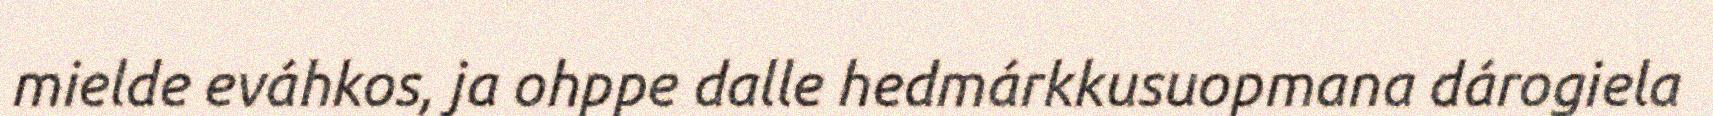
mielde eváhkos, ja ohppe dalle hedmárkkusuopmana dárogiela